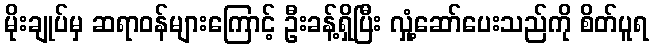
မိုးချုပ်မှ ဆရာဝန်များကြောင့် ဦးခန့်ရှိပြီး လှုံ့ဆော်ပေးသည်ကို စိတ်ပူရ